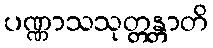
ပဏ္ဏာသသုတ္တန္တာတိ